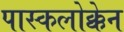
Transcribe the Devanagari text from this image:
पास्कलोक्केन